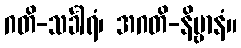
ဂတိ-သင်္ခါရံ၊ အဂတိ-နိဗ္ဗာနံ။